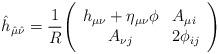
LaTeX: \begin{align*}{\hat h}_{{\hat\mu}{\hat\nu}}={1\over{R}}\Bigg (\begin{array}{cl}h_{\mu\nu}+\eta_{\mu\nu}\phi & A_{\mu i}\\A_{\nu j} & 2\phi_{ij}\end{array}\Bigg )\end{align*}